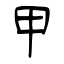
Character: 甲